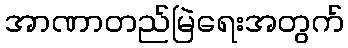
အာဏာတည်မြဲရေးအတွက်